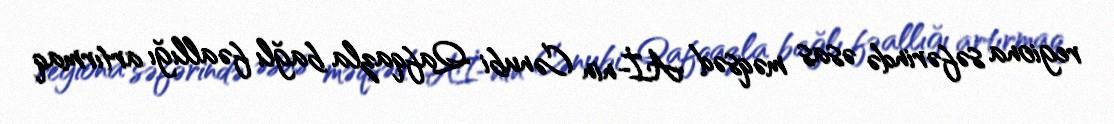
regiona səfərində əsas məqsəd Aİ-nin Cənubi Qafqazla bağlı fəallığı artırmaq